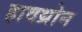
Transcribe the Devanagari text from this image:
हावथ्रोन